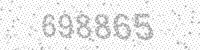
Solution: 698865